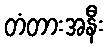
တံတားအနီး